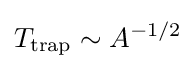
T_{\text{trap}}\sim A^{-1/2}